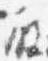
殿